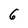
Character: 6